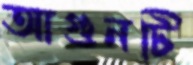
আগুনটি